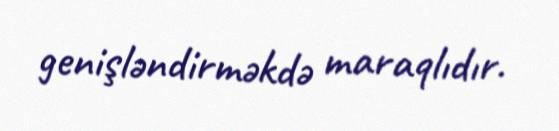
genişləndirməkdə maraqlıdır.